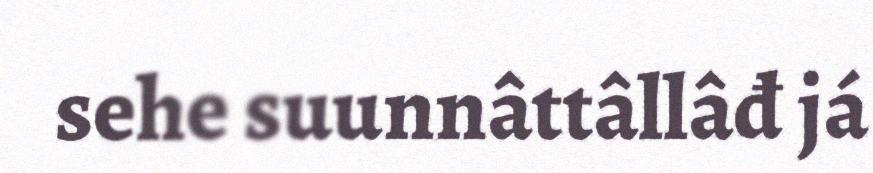
sehe suunnâttâllâđ já